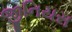
જીનિયસ